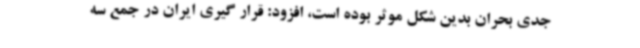
جدی بحران بدین شکل موثر بوده است، افزود: قرار گیری ایران در جمع سه